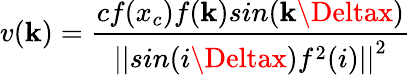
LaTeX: v(\mathbf{k})=\frac{{cf(x_{c})f(\mathbf{k})sin(\mathbf{k}\Deltax)}}{{{||sin(i\Deltax)f^{2}(i)||}^{2}}}